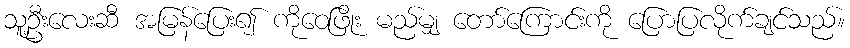
သူ့ဦးလေးဆီ အမြန်ပြေး၍ ကိုဝေဖြိုး မည်မျှ တော်ကြောင်းကို ပြောပြလိုက်ချင်သည်။